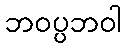
ဘဝပ္ပဘဝါ